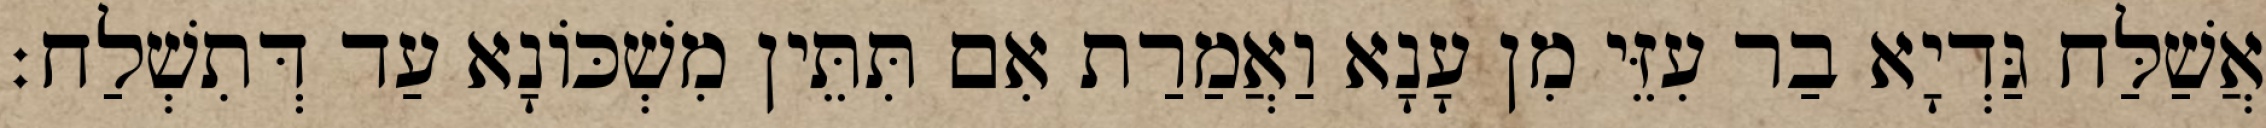
אֲשַׁלַּח גַּדְיָא בַר עִזֵּי מִן עָנָא וַאֲמַרַת אִם תִּתֵּין מִשְׁכּוֹנָא עַד דְּתִשְׁלַח׃